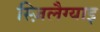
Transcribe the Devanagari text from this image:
स्ज़िलैग्याइ